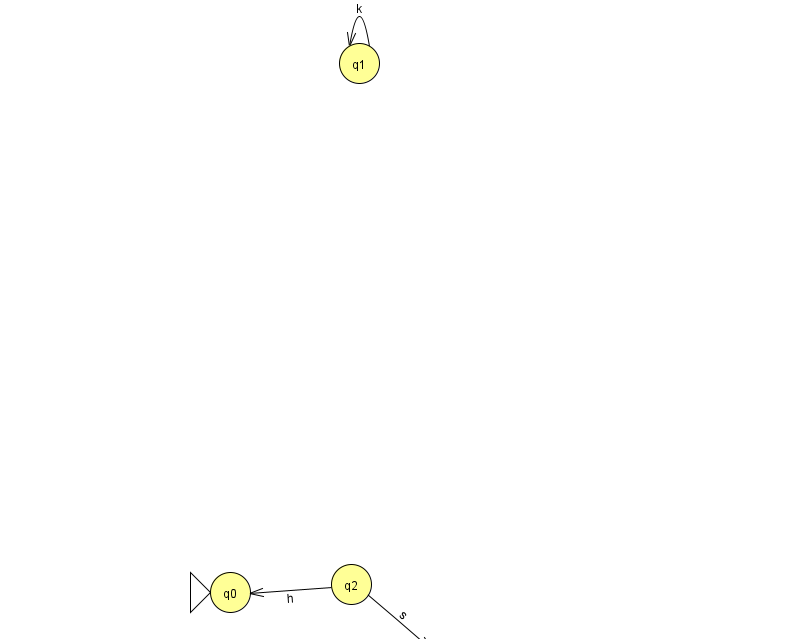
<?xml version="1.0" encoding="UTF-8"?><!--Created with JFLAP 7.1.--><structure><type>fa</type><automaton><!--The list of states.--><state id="0" name="q0"><x>230.0</x><y>579.0</y><initial/></state><state id="1" name="q1"><x>359.0</x><y>50.0</y></state><state id="2" name="q2"><x>351.0</x><y>571.0</y></state><state id="3" name="q3"><x>444.0</x><y>650.0</y><final/></state><!--The list of transitions.--><transition><from>2</from><to>0</to><read>h</read></transition><transition><from>1</from><to>1</to><read>k</read></transition><transition><from>2</from><to>3</to><read>s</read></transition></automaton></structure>